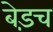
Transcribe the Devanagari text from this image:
बेड़च